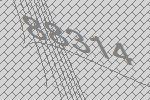
88314